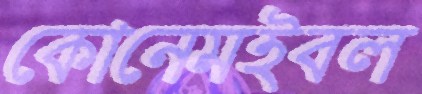
কোনেমইবল